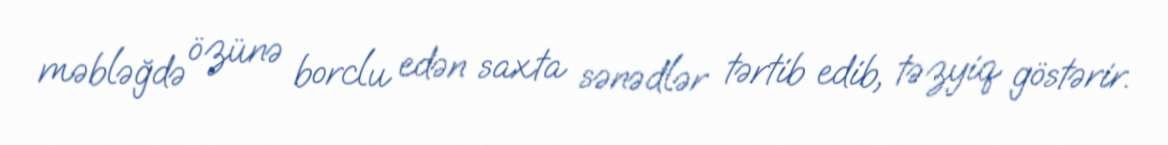
məbləğdə özünə borclu edən saxta sənədlər tərtib edib, təzyiq göstərir.